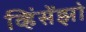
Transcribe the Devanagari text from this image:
व्हिंसेंझो